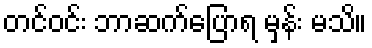
တင်ဝင်း ဘာဆက်ပြောရ မှန်း မသိ။